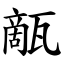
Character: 甋